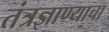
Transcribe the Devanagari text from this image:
तंत्रज्ञाण्याचा